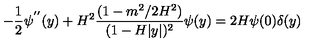
- \frac { 1 } { 2 } \psi ^ { ' ^ { \prime } } ( y ) + H ^ { 2 } \frac { ( 1 - m ^ { 2 } / 2 H ^ { 2 } ) } { ( 1 - H | y | ) ^ { 2 } } \psi ( y ) = 2 H \psi ( 0 ) \delta ( y )